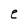
Character: e